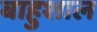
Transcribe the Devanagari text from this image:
बाहुशाल